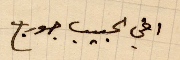
اخي الحبيب جورج